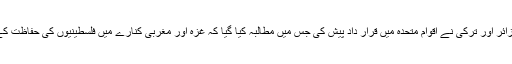
عرب ممالک کی جانب الجزائر اور ترکی نے اقوامِ متحدہ میں قرار داد پیش کی جس میں مطالبہ کیا گیا کہ غزہ اور مغربی کنارے میں فلسطینیوں کی حفاظت کے لیے اقدامات کیے جائیں۔